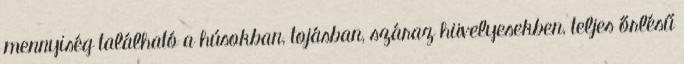
mennyiség található a húsokban, tojásban, száraz hüvelyesekben, teljes őrlésű